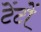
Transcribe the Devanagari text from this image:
टेंटों